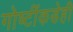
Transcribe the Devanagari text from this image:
गोष्टींकडेही